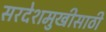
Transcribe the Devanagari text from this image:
सरदेशमुखीसाठी